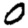
Digit: 0